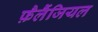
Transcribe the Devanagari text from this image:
फ़ैलैंजियल